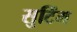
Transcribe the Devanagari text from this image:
सुटिंग